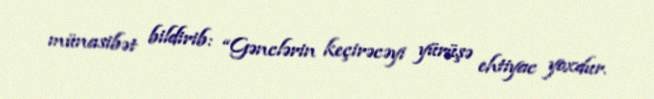
münasibət bildirib: “Gənclərin keçirəcəyi yürüşə ehtiyac yoxdur.